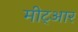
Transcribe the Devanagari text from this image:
मीट्आर